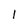
Character: l